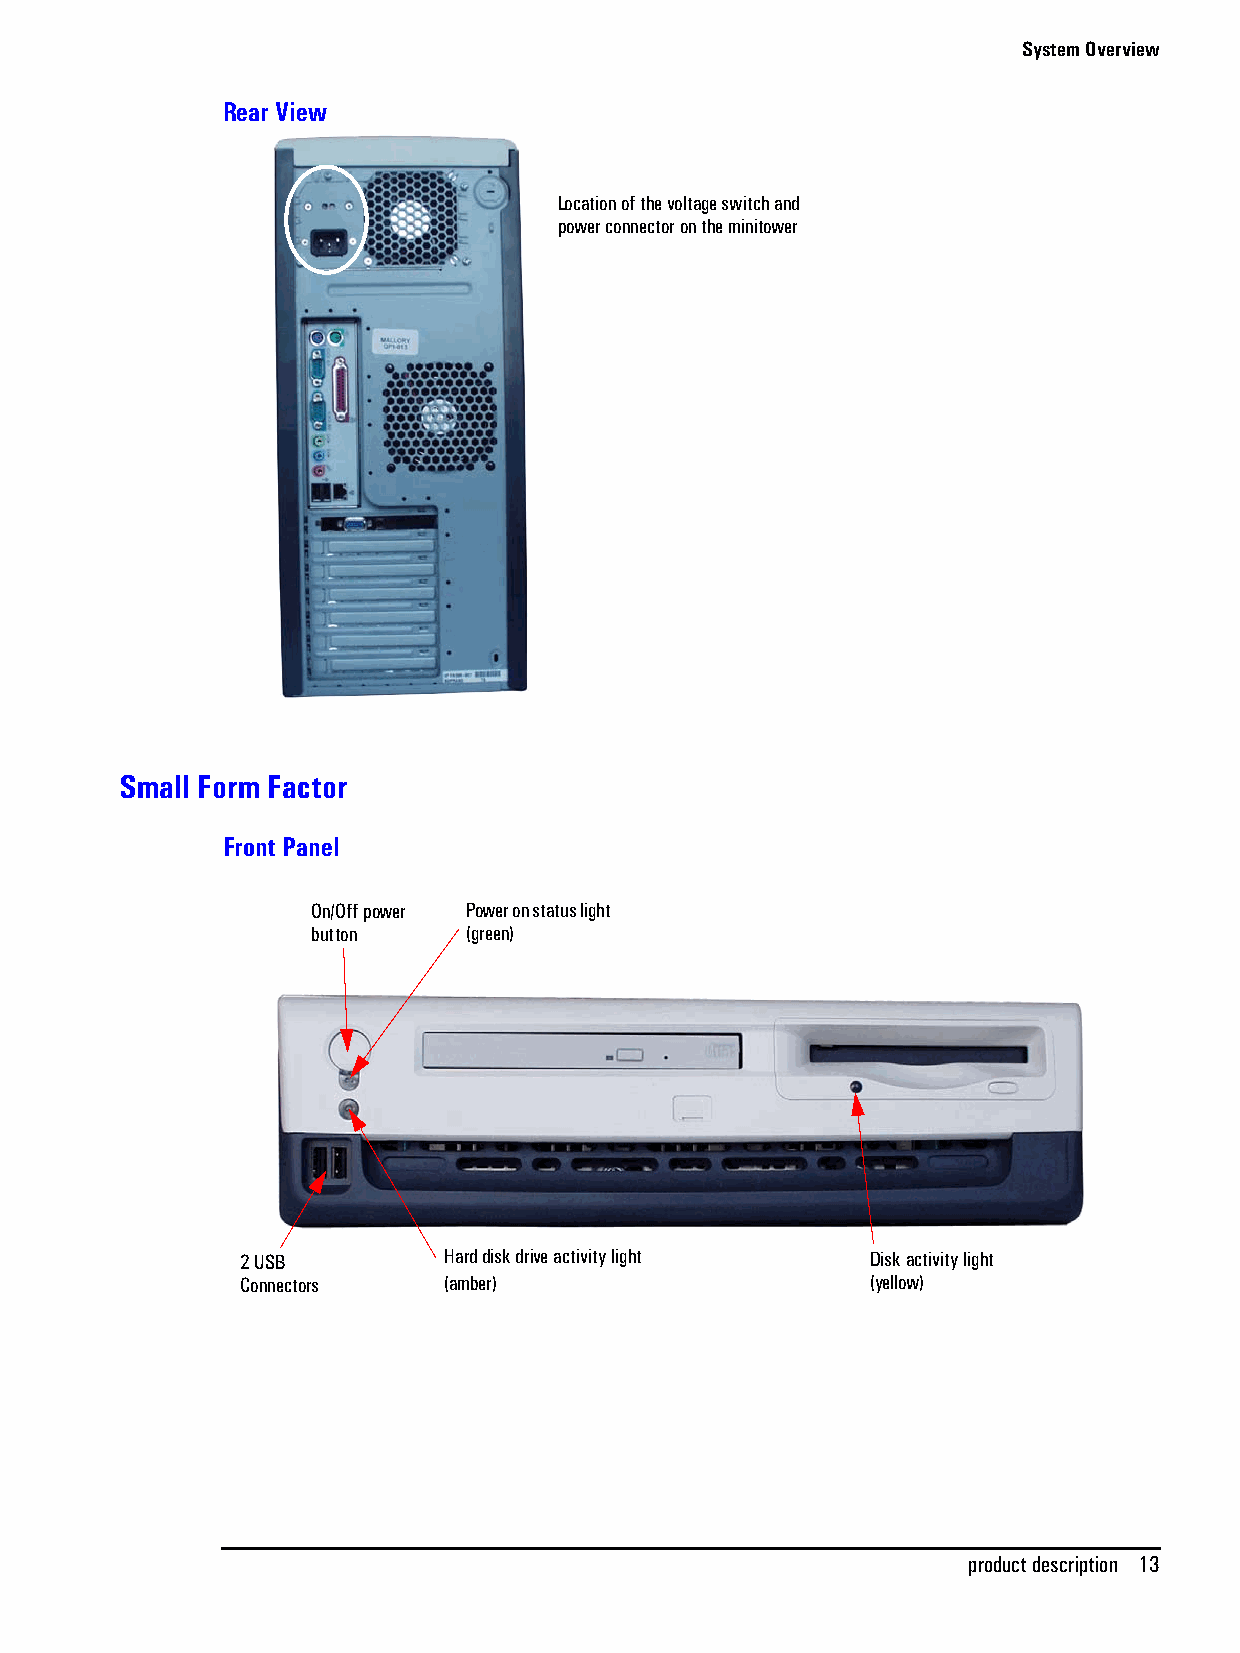
System Overview
 Rear View
 Location of the voltage switch and
 power connector on the minitower
 Small Form Factor
 Front Panel
 On/Off power Power on status light
 button    (green)
 2 USB        Hard disk drive activity light Disk activity light
 Connectors   (amber)                      (yellow)
 product description 13